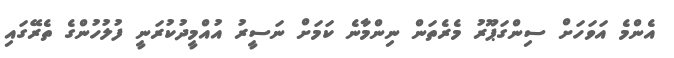
އެންމެ އަވަހަށް ސިންގަޕޫރު މެރެތަން ނިންމާނެ ކަމަށް ނަސީރު އުއްމީދުކުރަނީ ފުލުހުންގެ ތެރޭގައި